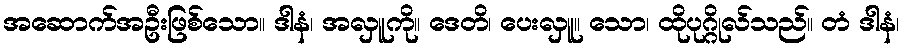
အဆောက်အဦးဖြစ်သော။ ဒါနံ၊ အလှူကို။ ဒေတိ၊ ပေးလှူ။ သော၊ ထိုပုဂ္ဂိုလ်သည်။ တံ ဒါနံ၊